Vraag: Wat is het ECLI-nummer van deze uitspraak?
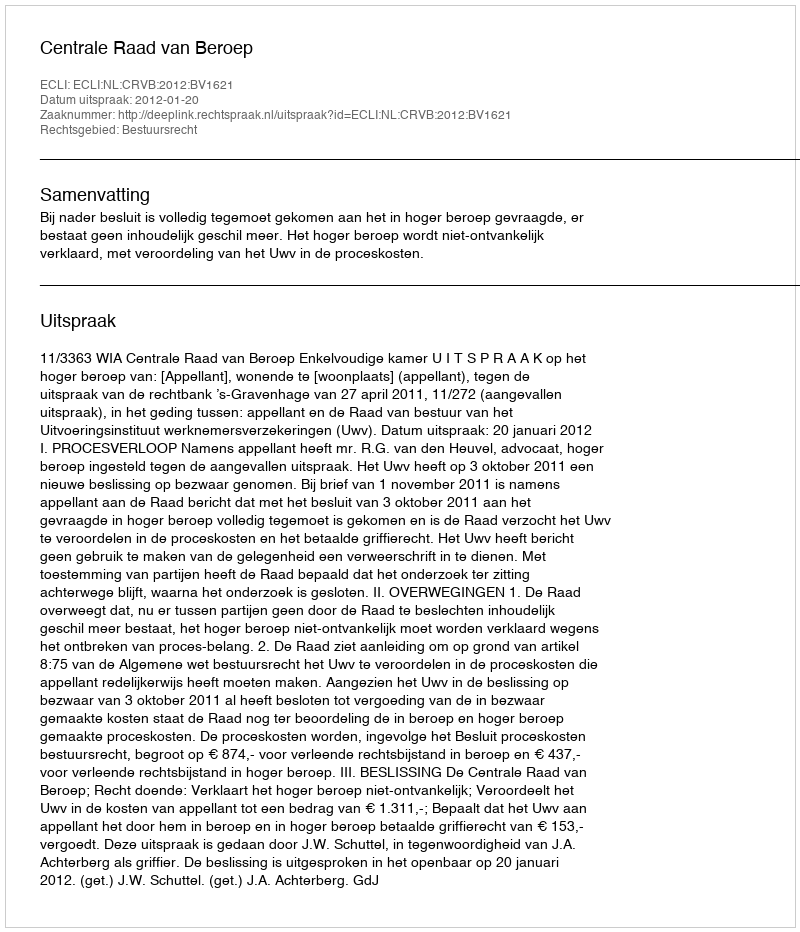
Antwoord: ECLI:NL:CRVB:2012:BV1621